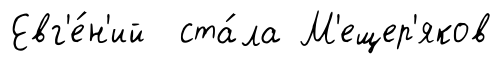
Евг'е́н'ий ста́ла М'ещер'яков